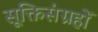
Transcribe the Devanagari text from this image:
सूक्तिसंग्रहों